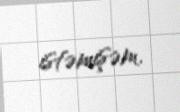
istəmişəm.